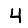
Digit: 4